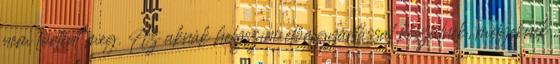
nem történt meg. Az aknák helyszíni előregyártással készülnek, melyeknek